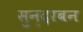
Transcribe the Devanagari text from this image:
सुन्दरबन